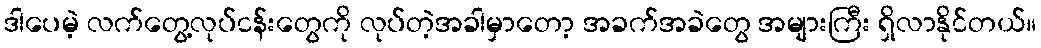
ဒါပေမဲ့ လက်တွေ့လုပ်ငန်းတွေကို လုပ်တဲ့အခါမှာတော့ အခက်အခဲတွေ အများကြီး ရှိလာနိုင်တယ်။